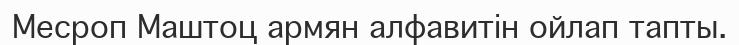
Месроп Маштоц армян алфавитін ойлап тапты.